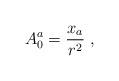
LaTeX: \begin{align*}A_{0}^{a} = \frac{x_{a}}{r^{2}} ~,\end{align*}